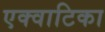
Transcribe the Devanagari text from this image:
एक्वाटिका